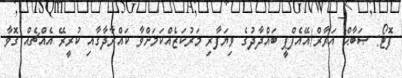
ފޮޓޯ: ޞަބާޙް އަރާރް/އޭއެފްޕީ ބަޣްދާދުގެ ވިޔަފާރި މަރުކަޒެއްކަމަށްވާ ކައްރާދާގާއި ކުރީރޭ އެއްޗެއް ގޮވާ